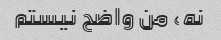
نه، من واضح نیستم